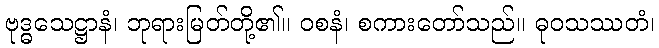
ဗုဒ္ဓသေဋ္ဌာနံ၊ ဘုရားမြတ်တို့၏။ ဝစနံ၊ စကားတော်သည်။ ဓုဝသဿတံ၊